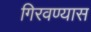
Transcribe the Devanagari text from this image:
गिरवण्यास